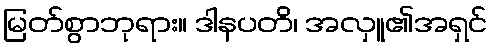
မြတ်စွာဘုရား။ ဒါနပတိ၊ အလှူ၏အရှင်